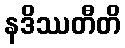
နဒိဿတီတိ